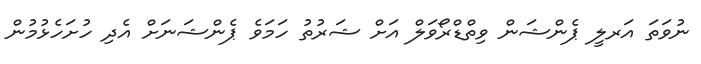
ނުވަތަ އަރލީ ޕެންޝަން ވިތްޑްރޯވަލް އަށް ޝަރުތު ހަމަވެ ޕެންޝަނަށް އެދި ހުށަހެޅުމުން